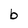
Character: b